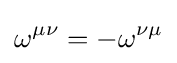
\omega ^{\mu \nu }=-\omega ^{\nu \mu }